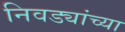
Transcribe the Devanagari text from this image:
निवड्यांच्या